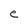
Character: e